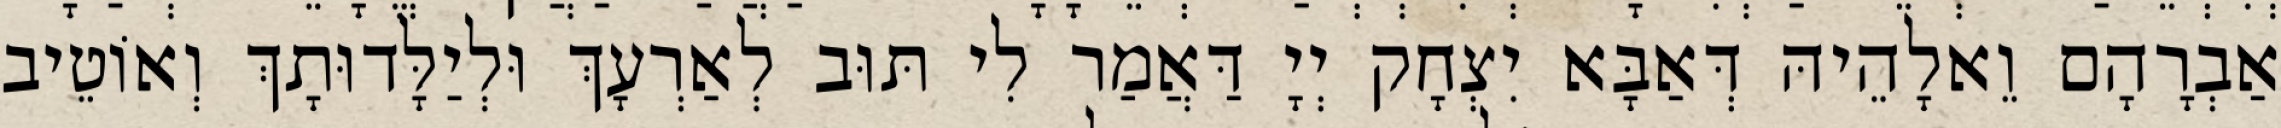
אַבְרָהָם וֵאלָהֵיהּ דְּאַבָּא יִצְחָק יְיָ דַּאֲמַר לִי תּוּב לְאַרְעָךְ וּלְיַלָּדוּתָךְ וְאוֹטֵיב